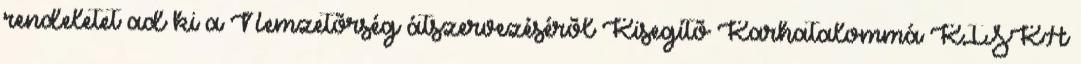
rendeletet ad ki a Nemzetõrség átszervezésérõl Kisegítõ Karhatalommá KISKA